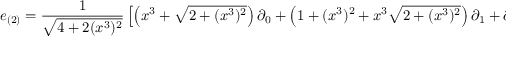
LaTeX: e _ { ( 2 ) } = { \frac { 1 } { \sqrt { 4 + 2 ( x ^ { 3 } ) ^ { 2 } } } } \left[ \left( x ^ { 3 } + { \sqrt { 2 + ( x ^ { 3 } ) ^ { 2 } } } \right) \partial _ { 0 } + \left( 1 + ( x ^ { 3 } ) ^ { 2 } + x ^ { 3 } { \sqrt { 2 + ( x ^ { 3 } ) ^ { 2 } } } \right) \partial _ { 1 } + \partial _ { 2 } \right]